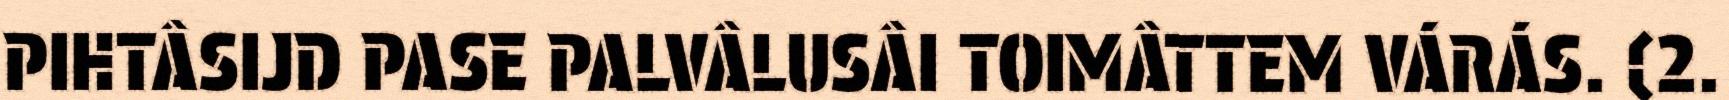
PIHTÂSIJD PASE PALVÂLUSÂI TOIMÂTTEM VÁRÁS. (2.